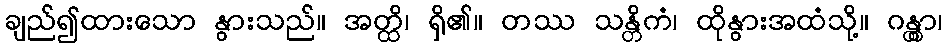
ချည်၍ထားသော နွားသည်။ အတ္ထိ၊ ရှိ၏။ တဿ သန္တိကံ၊ ထိုနွားအထံသို့။ ဂန္တွာ၊